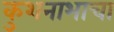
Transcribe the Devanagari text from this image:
कुशनाभाचा